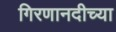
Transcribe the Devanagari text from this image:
गिरणानदीच्या